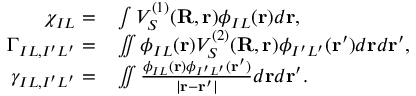
\begin{array} { r l } { \chi _ { I L } = } & { { } \int V _ { S } ^ { ( 1 ) } ( { \bf R , r } ) \phi _ { I L } ( { \bf r } ) d { \bf r } , } \\ { \Gamma _ { I L , I ^ { \prime } L ^ { \prime } } = } & { { } \iint \phi _ { I L } ( { \bf r } ) V _ { S } ^ { ( 2 ) } ( { \bf R , r } ) \phi _ { I ^ { \prime } L ^ { \prime } } ( { \bf r ^ { \prime } } ) d { \bf r } d { \bf r ^ { \prime } } , } \\ { \gamma _ { I L , I ^ { \prime } L ^ { \prime } } = } & { { } \iint \frac { \phi _ { I L } ( { \bf r } ) \phi _ { I ^ { \prime } L ^ { \prime } } ( { \bf r ^ { \prime } } ) } { \vert { \bf r - r ^ { \prime } } \vert } d { \bf r } d { \bf r ^ { \prime } } . } \end{array}